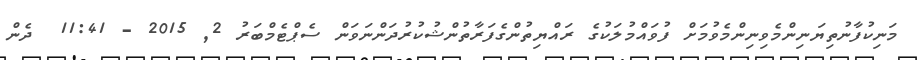
މަނިކުފާނުތިޔަނިންމެވިނިންމެވުމަށް ފުވައްމުލަކުގެ ރައްޔިތުންގެފަރާތުންޝުކުރުދަންނަވަން ސެޕްޓެމްބަރު 2